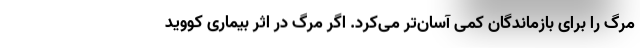
مرگ را برای بازماندگان کمی آسان‌تر می‌کرد. اگر مرگ در اثر بیماری کووید